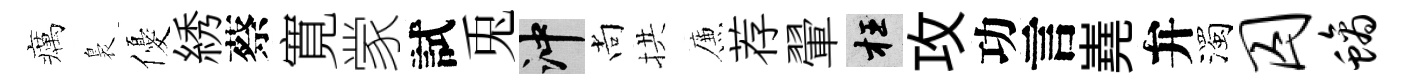
癘裊優綉蔡寛䝉試兎冲尚拱簾荐翬枉攻功言嶤弁濁囚螭